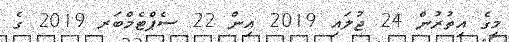
މީގެ އިތުރުން 24 ޖުލައި 2019 އިން 22 ސެޕްޓެމްބަރ 2019 ގެ